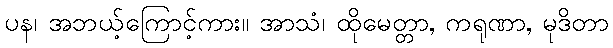
ပန၊ အဘယ့်ကြောင့်ကား။ အာသံ၊ ထိုမေတ္တာ, ကရုဏာ, မုဒိတာ